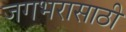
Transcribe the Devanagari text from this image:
जगभरासाठी